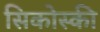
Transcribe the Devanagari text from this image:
सिकोस्की